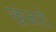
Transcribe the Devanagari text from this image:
खंजरों